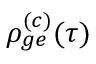
\rho _ { g e } ^ { ( c ) } ( \tau )